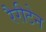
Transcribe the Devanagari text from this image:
रैरीटेन